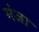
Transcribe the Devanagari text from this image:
मंजा